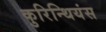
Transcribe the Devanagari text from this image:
कुरिन्थियंस